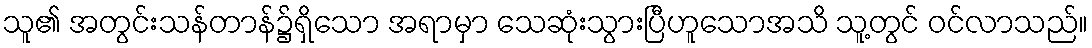
သူ၏ အတွင်းသန်တာန်၌ရှိသော အရာမှာ သေဆုံးသွားပြီဟူသောအသိ သူ့တွင် ဝင်လာသည်။